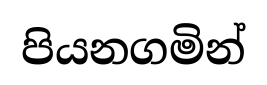
පියනගමින්